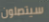
سيتصلون